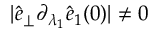
\vert \hat { e } _ { \perp } \partial _ { \lambda _ { 1 } } \hat { e } _ { 1 } ( 0 ) \vert \neq 0